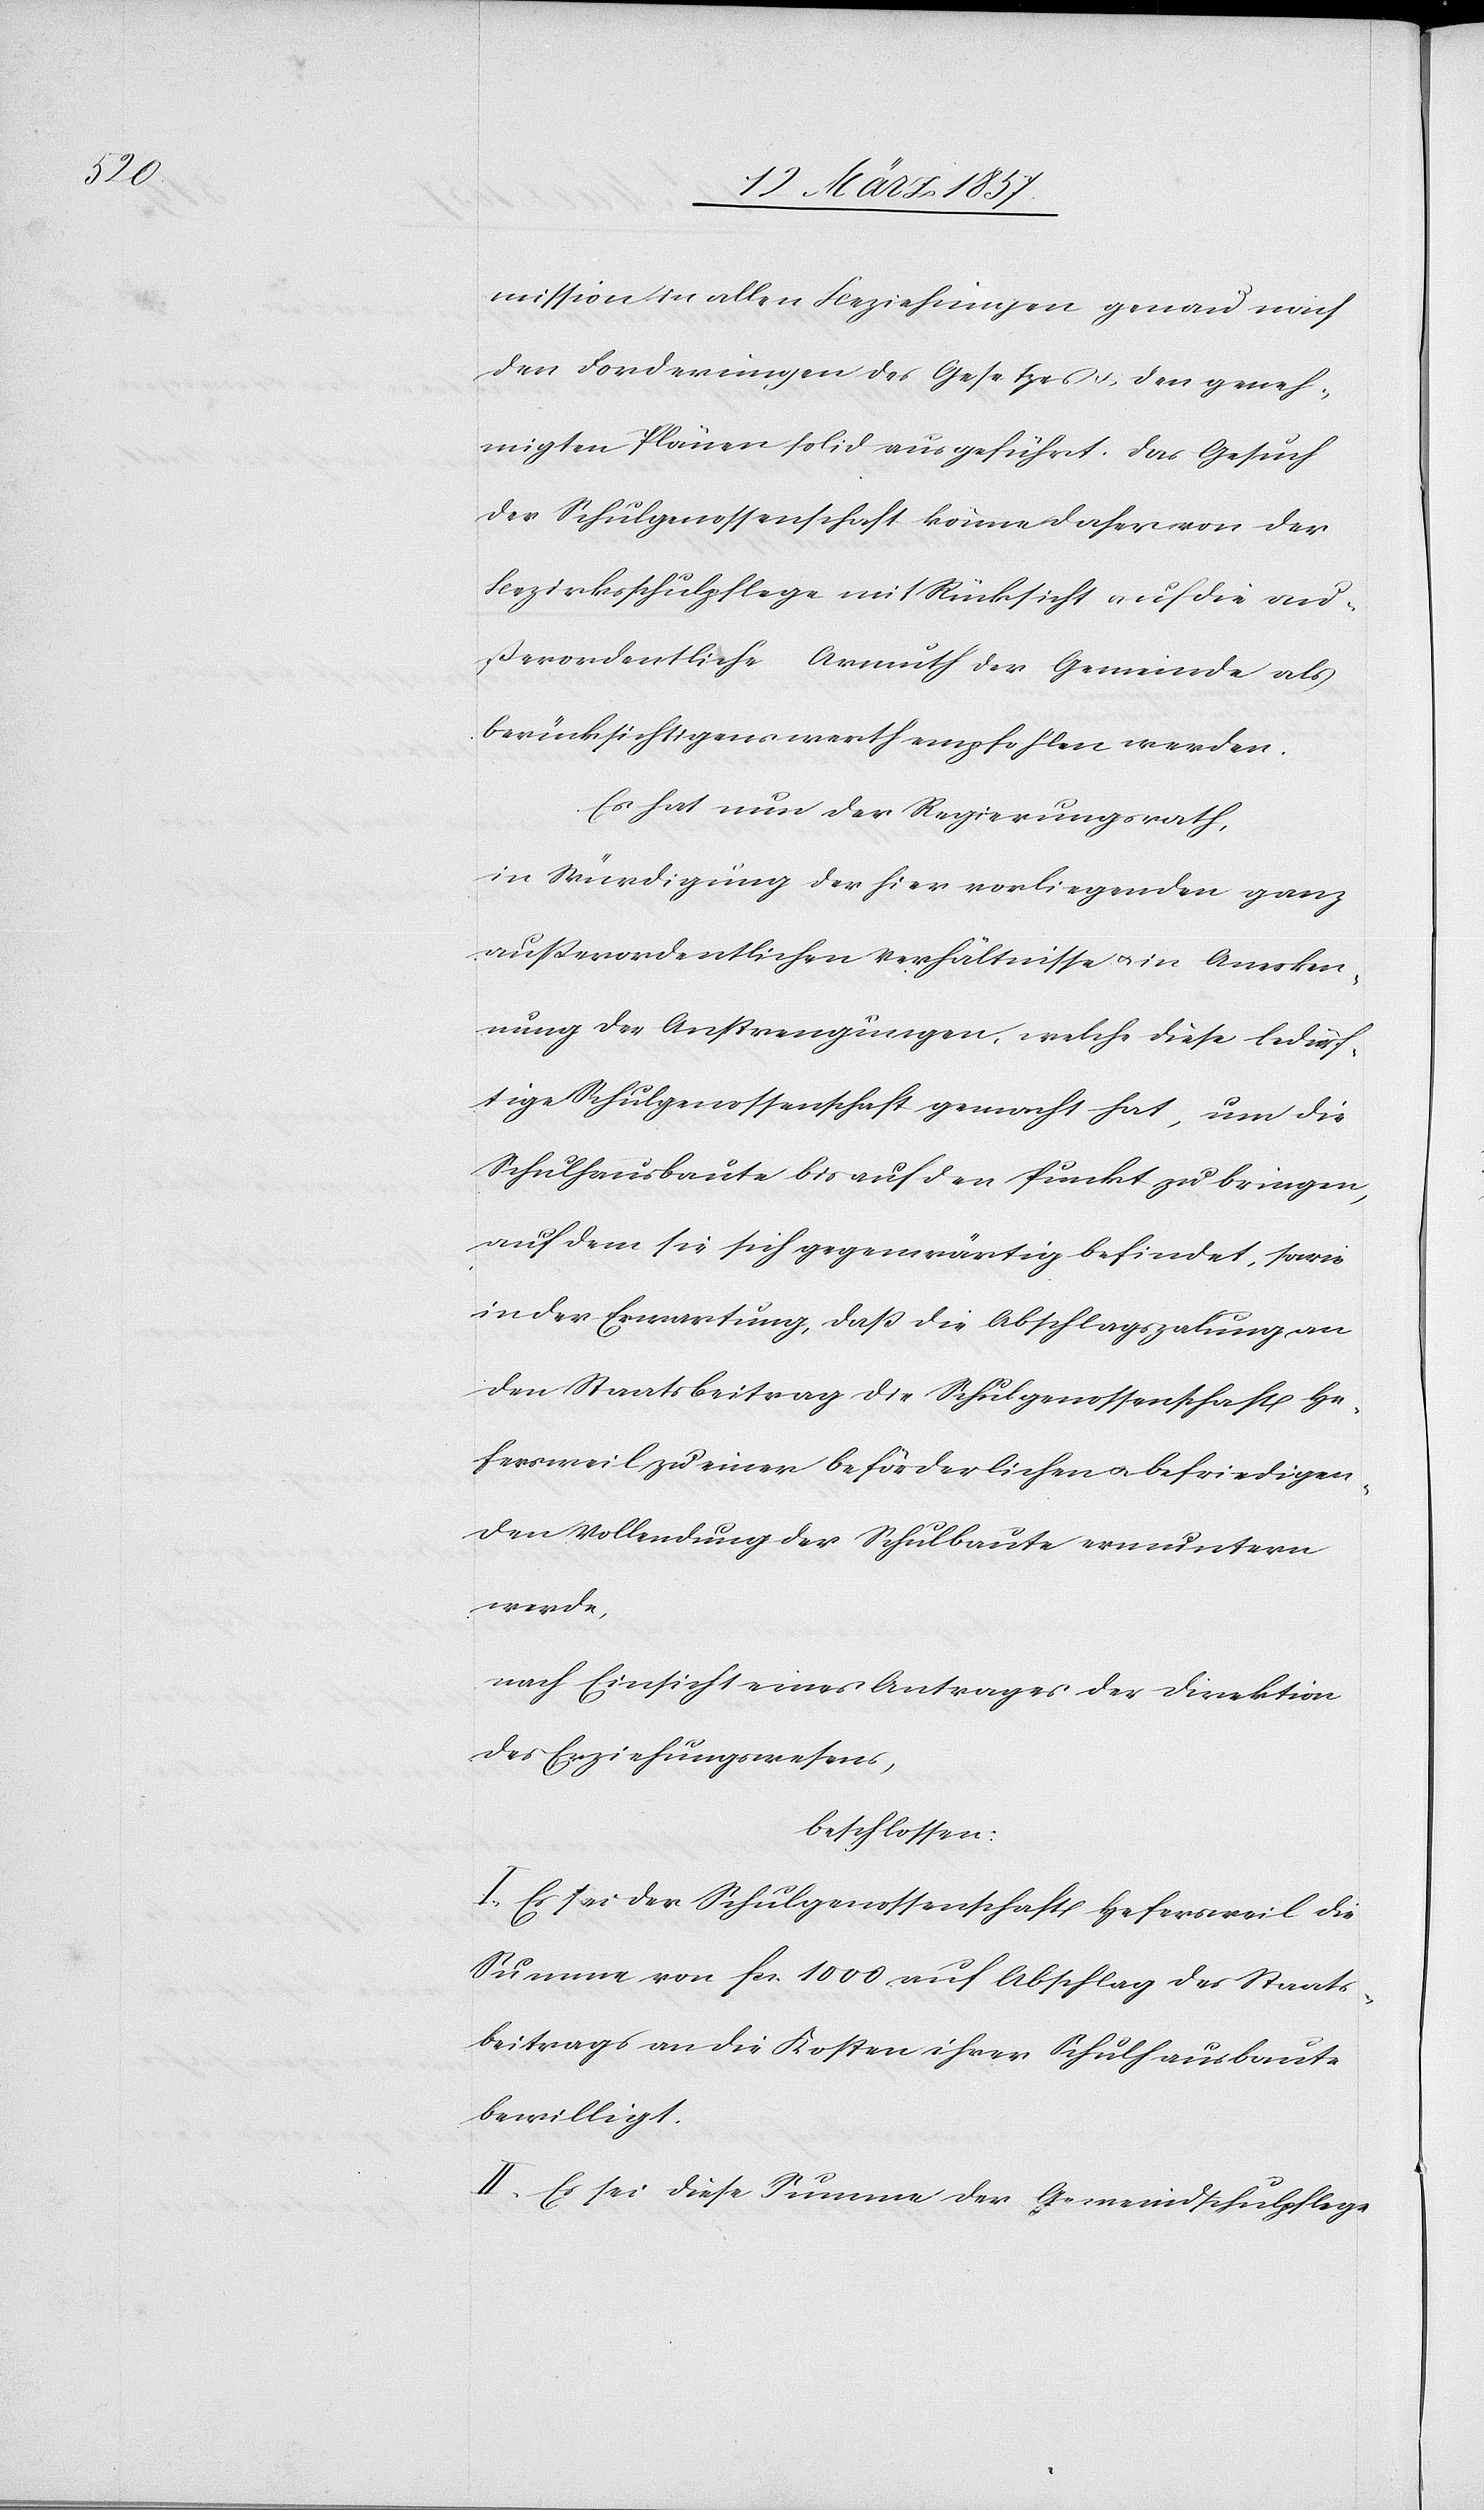
mission in allen Beziehungen genau nach
den Forderungen des Gesetzes u. den geneh¬
migten Plänen solid ausgeführt. Das Gesuch
der Schulgenossenschaft könne daher von der
Bezirksschulpflege mit Rücksicht auf die au¬
ßerordentliche Armuth der Gemeinde als
berücksichtigenswerth empfohlen werden.
Es hat nun der Regierungsrath,
in Würdigung der hier vorliegenden ganz
außerordentlichen Verhältnisse u. in Anerken¬
nung der Anstrengungen, welche diese bedürf¬
tige Schulgenossenschaft gemacht hat, um die
Schulhausbaute bis auf den Punkt zu bringen,
auf dem sie sich gegenwärtig befindet, sowie
in der Erwartung, daß die Abschlagszalung an
den Staatsbeitrag die Schulgenossenschaft He¬
fersweil zu einer beförderlichen u. befriedigen¬
den Vollendung der Schulbaute ermuntern
werde,
nach Einsicht eines Antrages der Direktion
des Erziehungswesens,
beschlossen:
I. Es sei der Schulgenossenschaft Hefersweil die
Summe von fr. 1000 auf Abschlag des Staats¬
beitrags an die Kosten ihrer Schulhausbaute
bewilligt.
II. Es sei diese Summe der Gemeindschulpflege